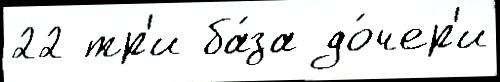
22 тр'и ба́за до́чер'и